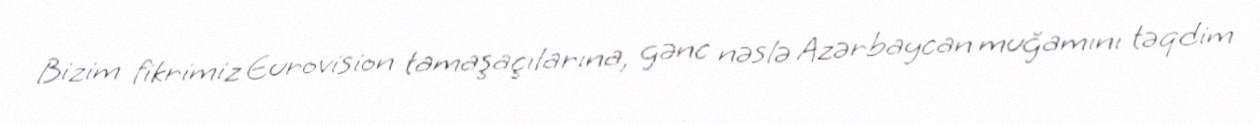
Bizim fikrimiz Eurovision tamaşaçılarına, gənc nəslə Azərbaycan muğamını təqdim